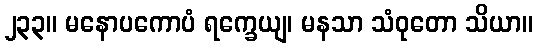
၂၃၃။ မနောပကောပံ ရက္ခေယျ၊ မနသာ သံဝုတော သိယာ။